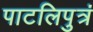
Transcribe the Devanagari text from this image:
पाटलिपुत्रं